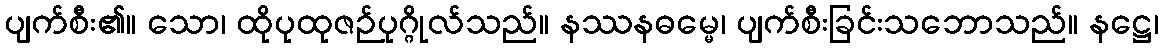
ပျက်စီး၏။ သော၊ ထိုပုထုဇဉ်ပုဂ္ဂိုလ်သည်။ နဿနဓမ္မေ၊ ပျက်စီးခြင်းသဘောသည်။ နဋ္ဌေ၊